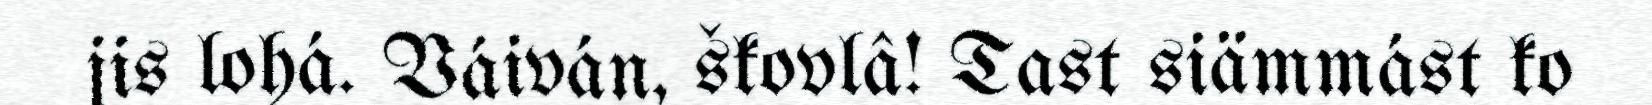
jis lohá. Váiván, škovlâ! Tast siämmást ko